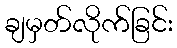
ချမှတ်လိုက်ခြင်း